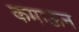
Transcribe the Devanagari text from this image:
कमाऊन